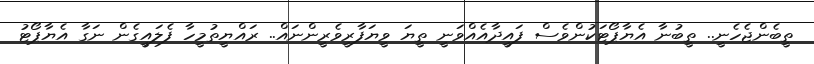
ތީބެންޖެހެނީ.. ތީބުނާ އެޔާޕޯޓަކުންވެސް ފައީދާއެއްވަނީ ތީޔަ ވީޔަފާރީވެރީންނައް.. ރައްޔީތުމީހާ ފެލައީގެން ނަގާ އެޔާޕޯޓު